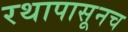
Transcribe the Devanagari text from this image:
रथापासूनच